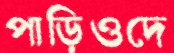
পাড়িওদে